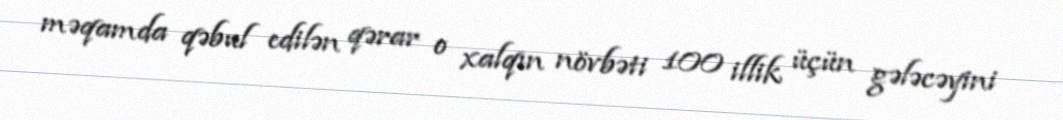
məqamda qəbul edilən qərar o xalqın növbəti 100 illik üçün gələcəyini